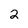
Character: 2